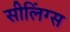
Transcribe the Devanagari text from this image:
सीलिंग्स